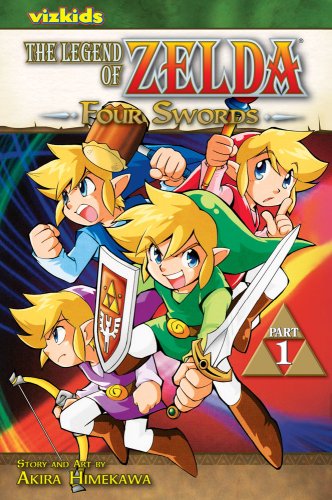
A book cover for The Legend of Zelda, Vol. 6: Four Swords, Part 1; Akira Himekawa; Comics & Graphic Novels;